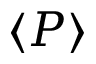
\langle P \rangle